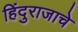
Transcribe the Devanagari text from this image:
हिंदुराजाचे